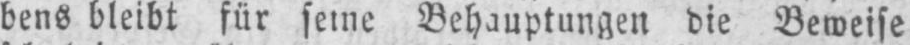
Behauptungen die Beweise